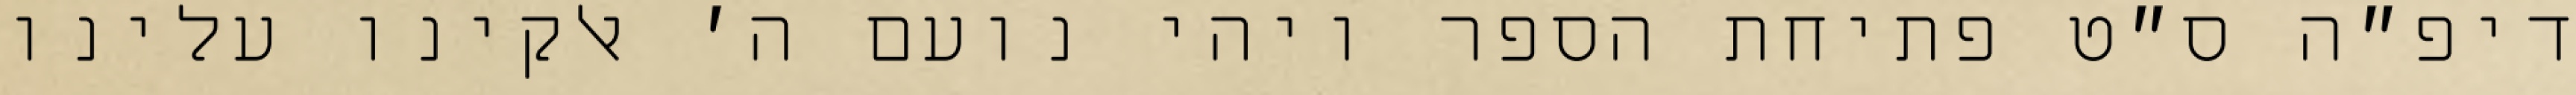
דיפ״ה ס״ט פתיחת הספר ויהי נועם ה׳ אלקינו עלינו